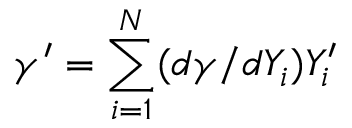
\gamma ^ { \prime } = \sum _ { i = 1 } ^ { N } ( d \gamma / d Y _ { i } ) Y _ { i } ^ { \prime }